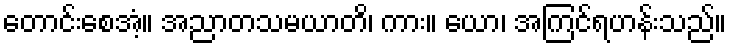
တောင်းစေအံ့။ အညာတသမယာတိ၊ ကား။ ယော၊ အကြင်ရဟန်းသည်။